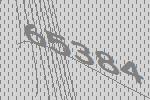
65384